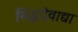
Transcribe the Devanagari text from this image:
सिद्धदेवाद्या